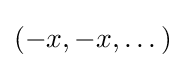
(-x,-x,\dots )